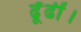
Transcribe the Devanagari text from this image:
ढूँढीं।